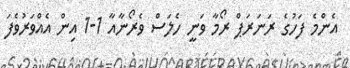
އެންމެ ފަހުގެ ރަނަރަޕް ރޯމާ ވަނީ ހެލަސް ވެރޯނާއާ 1-1 އިން އެއްވަރުވެފަ